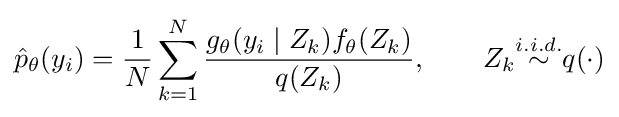
{\hat {p}}_{\theta }(y_{i})={\frac {1}{N}}\sum _{k=1}^{N}{\frac {g_{\theta }(y_{i}\mid Z_{k})f_{\theta }(Z_{k})}{q(Z_{k})}},\qquad Z_{k}{\overset {i.i.d.}{\sim }}q(\cdot )